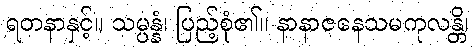
ရတနာနှင့်။ သမ္ပန္နံ၊ ပြည့်စုံ၏။ နာနာဇနေသမကုလန္တိ၊